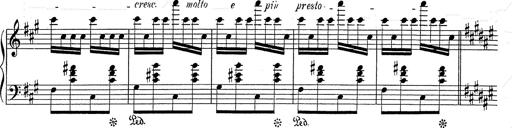
Title: Hungarian Rhapsody No.2
Composer: Franz Liszt
Key: C-sharp minor